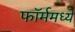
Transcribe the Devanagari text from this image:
फॉर्ममध्‍ये